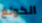
الكونغ